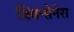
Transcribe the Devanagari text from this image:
क्विन्सेनेरा